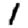
Digit: 1